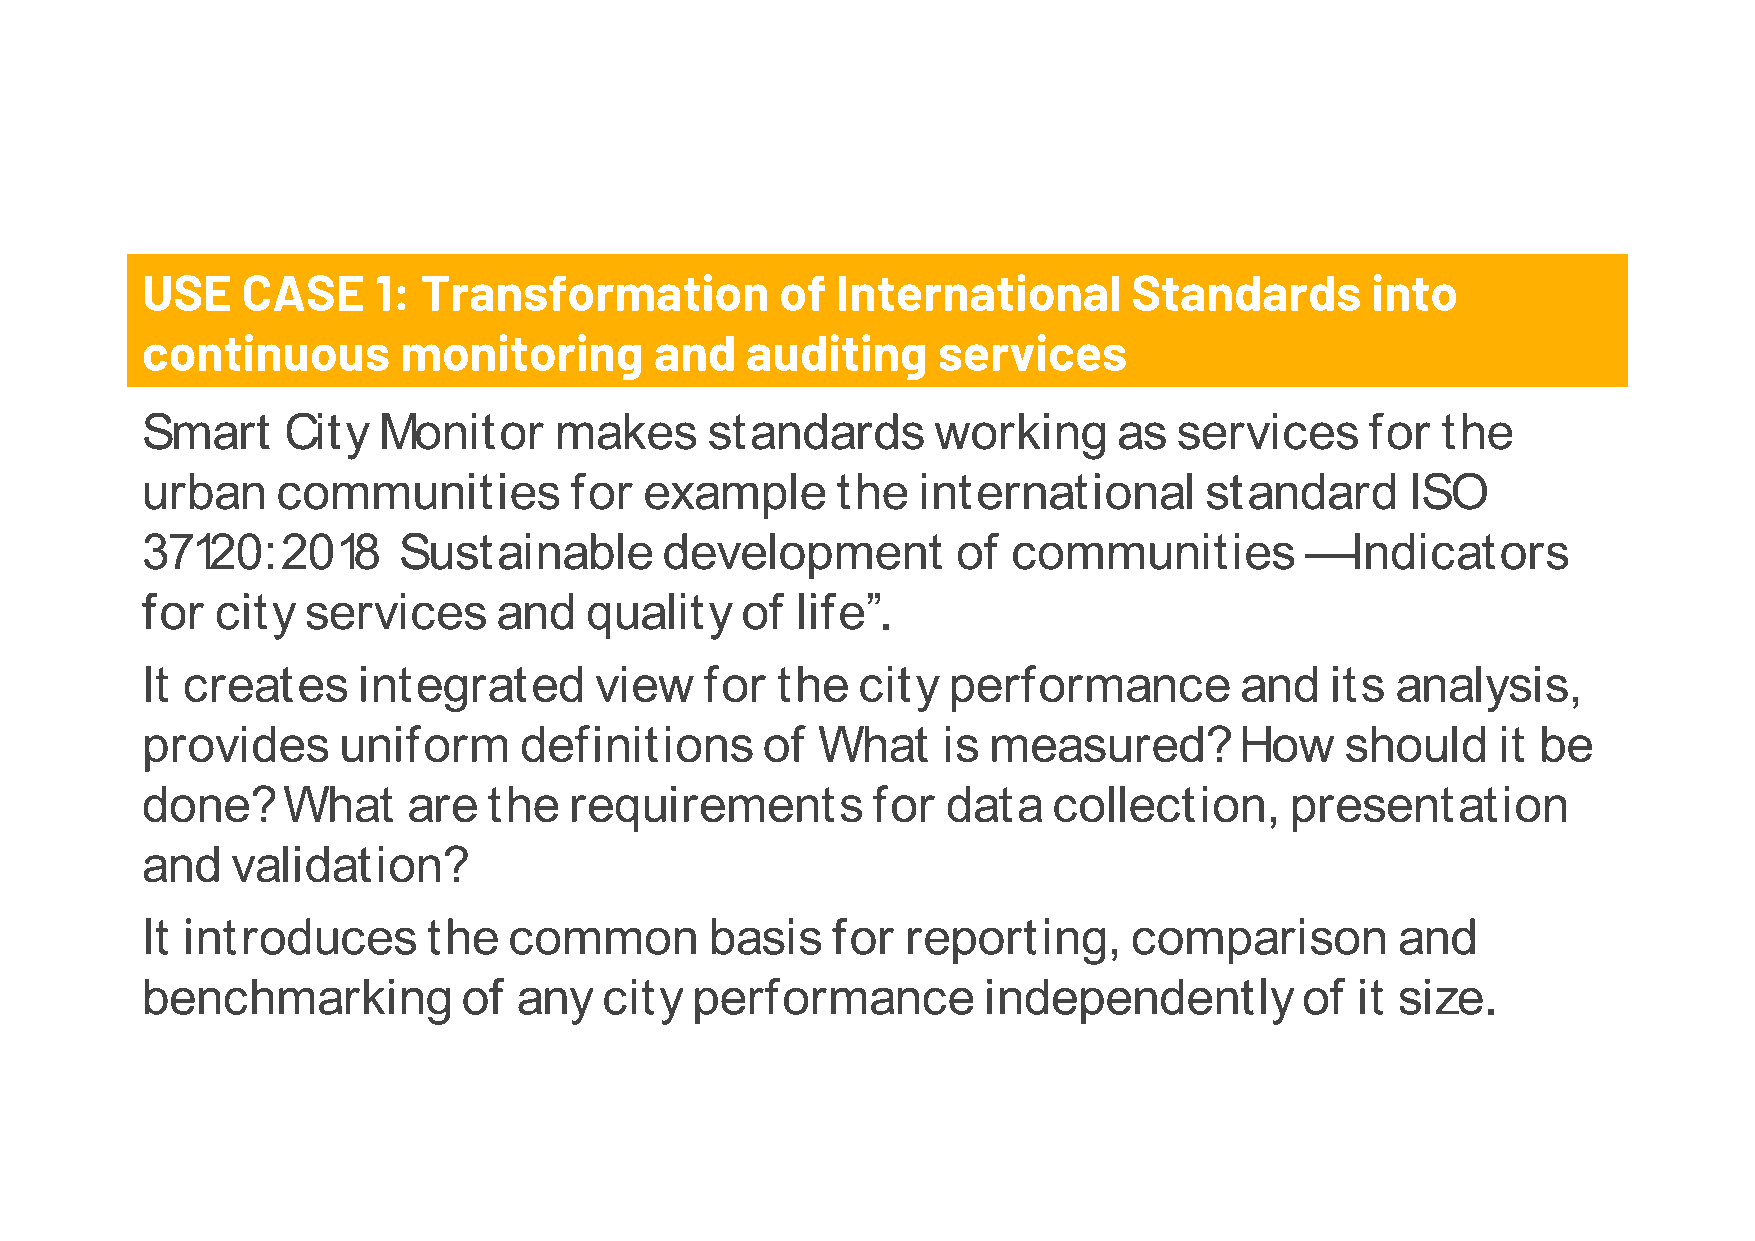
USE    CASE     1: Transformation          of International       Standards       into
 continuous       monitoring       and   auditing     services
 SSmmaarrtt CCiittyy MMoonniittoorr mmaakkeess ssttaannddaarrddss wwoorrkkiinngg aass sseerrvviicceess ffoorr tthhee
 uurrbbaann ccoommmmuunniittiieess ffoorr eexxaammppllee tthhee iinntteerrnnaattiioonnaall ssttaannddaarrdd IISSOO
 3377112200::22001188 SSuussttaaiinnaabbllee ddeevveellooppmmeenntt ooff ccoommmmuunniittiieess ——IInnddiiccaattoorrss
 ffoorr cciittyy sseerrvviicceess aanndd qquuaalliittyy ooff lliiffee””..
 IItt ccrreeaatteess iinntteeggrraatteedd vviieeww ffoorr tthhee cciittyy ppeerrffoorrmmaannccee aanndd iittss aannaallyyssiiss,,
 pprroovviiddeess uunniiffoorrmm ddeeffiinniittiioonnss ooff WWhhaatt iiss mmeeaassuurreedd?? HHooww sshhoouulldd iitt bbee
 ddoonnee?? WWhhaatt aarree tthhee rreeqquuiirreemmeennttss ffoorr ddaattaa ccoolllleeccttiioonn,, pprreesseennttaattiioonn
 aanndd vvaalliiddaattiioonn??
 IItt iinnttrroodduucceess tthhee ccoommmmoonn bbaassiiss ffoorr rreeppoorrttiinngg,, ccoommppaarriissoonn aanndd
 bbeenncchhmmaarrkkiinngg ooff aannyy cciittyy ppeerrffoorrmmaannccee iinnddeeppeennddeennttllyy ooff iitt ssiizzee..